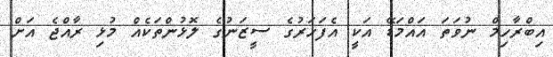
އިބްރާހިމް ނުވަތަ އައްމަޑޭ އަކީ އެފަހަރުގެ ސީޒަނުގެ ލޮޅުންތަކެއް މުޅި ރާއްޖެ އަށް